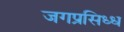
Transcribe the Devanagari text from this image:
जगप्रसिध्ध